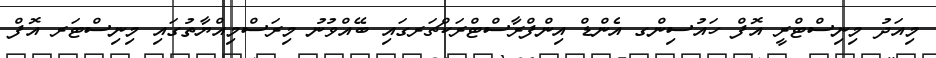
މިއަދު މިނިސްޓްރީ އޮފް ހައުސިންގ އެންޑް އިންފްރާސްޓްރަކްޗަރގައި ބޭއްވުނު މިރަސްމިއްޔާތުގައި މިނިސްޓަރ އޮފް